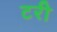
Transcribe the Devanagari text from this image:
टरी